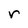
Character: r